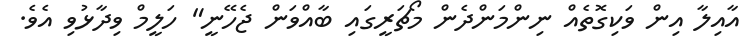
އާއިލާ އިން ވަކިގޮތެއް ނިންމަންދެން މޯޗަރީގައި ބާއްވަން ޖެހޭނީ" ހަލީމް ވިދާޅުވި އެވެ.